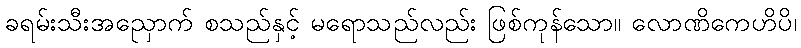
ခရမ်းသီးအညှောက် စသည်နှင့် မရောသည်လည်း ဖြစ်ကုန်သော။ လောဏိကေဟိပိ၊